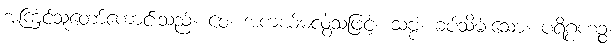
အကြင်သူတော်ကောင်းသည်။ ဝေ၊ အကယ်မလွဲသဖြင့်။ သဗ္ဗံ၊ ခပ်သိမ်းသော။ ပရိဂ္ဂဟဉ္စ၊